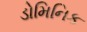
ડોમિનિક